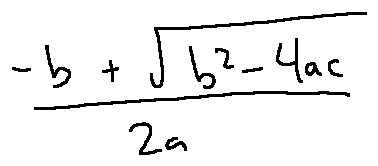
\frac { - b + \sqrt { b ^ { 2 } - 4 a c } } { 2 a }